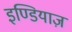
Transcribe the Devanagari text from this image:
इण्डियाज़